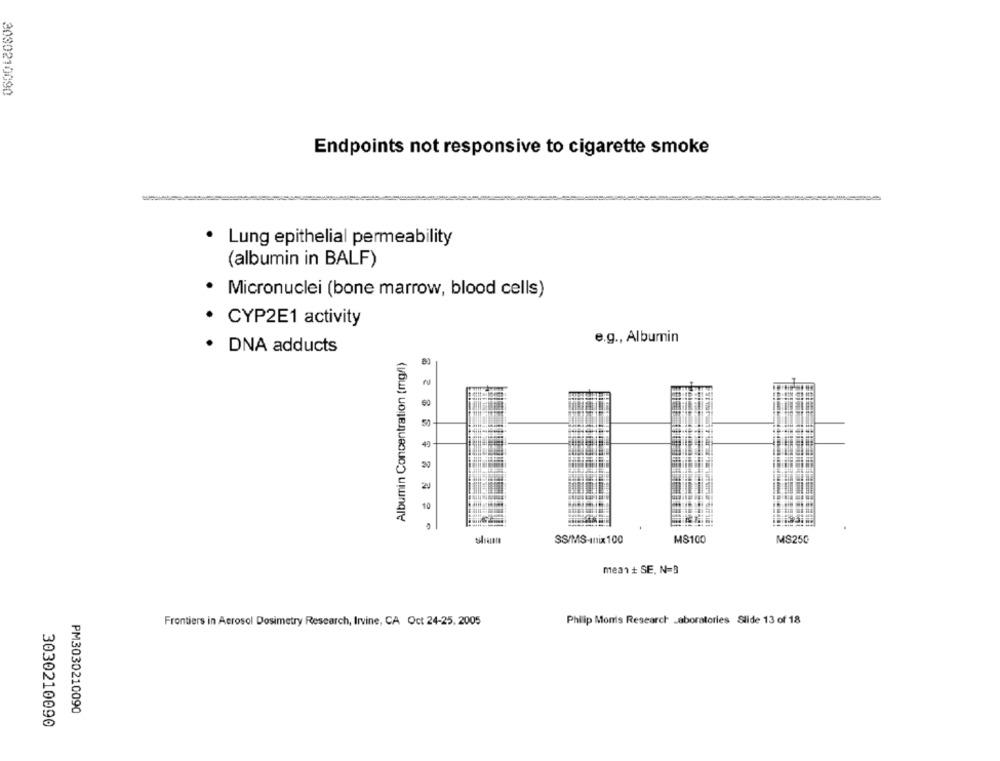
3030210090
Endpoints not responsive to cigarette smoke
· Lung epithelial permeability
(albumin in BALF)
Micronuclei (bone marrow, blood cells)
CYP2E1 activity
e.g ., Albumin
DNA adducts
Albumin Concentration (mg/l)
60
50 +
40
10
SS/MS-Inix 100
MS100
MS250
mean + SE, N=3
Frontiers in Aerosol Dosimetry Research, Irvine, CA Oct 24-25. 2005
Philip Monis Research Laboratories Slide 13 of 18
PM3030210090
3030210090